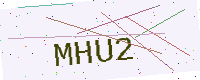
Text: MHU2